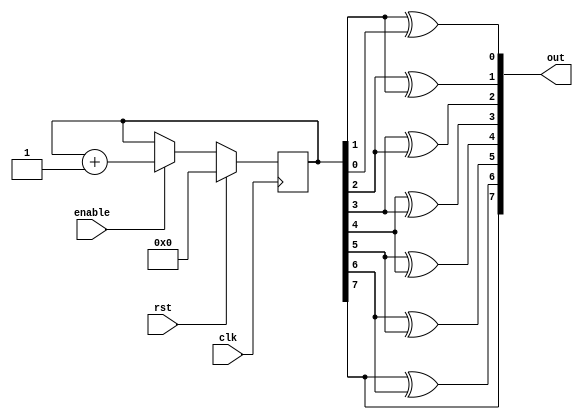
module gray_counter(clk, rst, enable, out);
  input clk, rst, enable;
  output [7:0] out;
  wire [7:0] out;
  reg [7:0] count;

  always@(posedge clk)
    if(rst)
        count <= 0;
    else if(enable)
        count <= count + 1;
    assign out = {count[7], (count[7]^count[6]), (count[6]^count[5]), (count[5]^count[4]), (count[4]^count[3]), (count[3]^count[2]), (count[2]^count[1]), (count[1]^count[0])};

endmodule